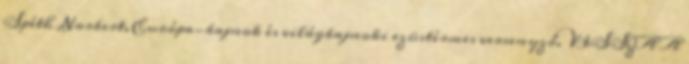
Spéth Norbert, Európa-bajnok és világbajnoki ezüstérmes versenyző. VISSZA A